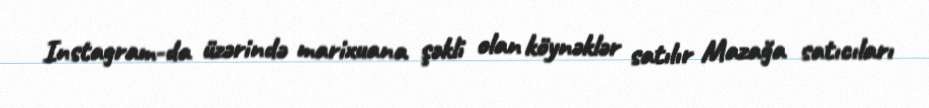
Instagram-da üzərində marixuana şəkli olan köynəklər satılır Mazağa satıcıları